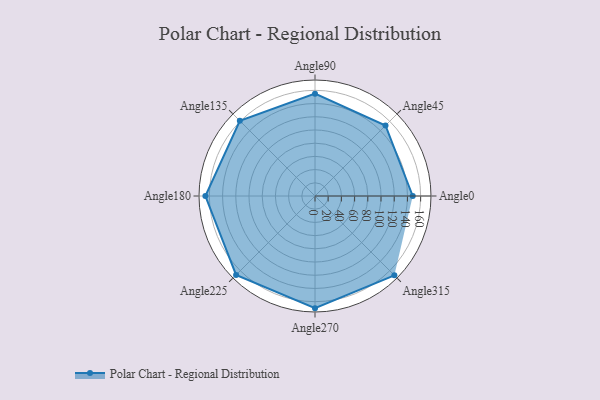
{"axis": {"x": "Angle", "y": "Radius"}, "legend": [""], "data": [{"x": "Angle0", "y": 148.0, "type": ""}, {"x": "Angle45", "y": 151.0, "type": ""}, {"x": "Angle90", "y": 155.0, "type": ""}, {"x": "Angle135", "y": 161.0, "type": ""}, {"x": "Angle180", "y": 166.0, "type": ""}, {"x": "Angle225", "y": 169.0, "type": ""}, {"x": "Angle270", "y": 170, "type": ""}, {"x": "Angle315", "y": 170, "type": ""}]}